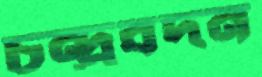
চন্দ্র্রবদন